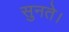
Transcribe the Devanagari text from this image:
सुनते।